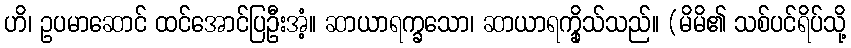
ဟိ၊ ဥပမာဆောင် ထင်အောင်ပြဦးအံ့။ ဆာယာရက္ခသော၊ ဆာယာရက္ခိုသ်သည်။ (မိမိ၏ သစ်ပင်ရိပ်သို့